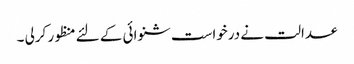
عدالت نے درخواست شنوائی کے لئے منظور کرلی ۔